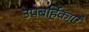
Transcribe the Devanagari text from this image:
उपबर्हिकाएँ